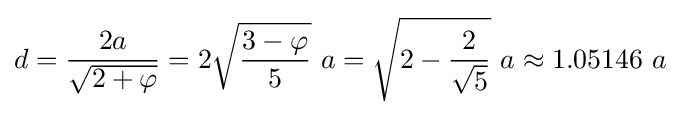
d={2a \over {\sqrt {2+\varphi }}}=2{\sqrt {{3-\varphi } \over 5}}~a={\sqrt {2-{2 \over {\sqrt {5}}}}}~a\approx 1.05146~a~